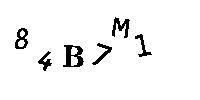
84B7M1